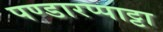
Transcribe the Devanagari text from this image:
पण्डारप्पाट्टा